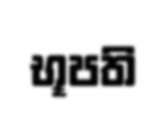
භූපති